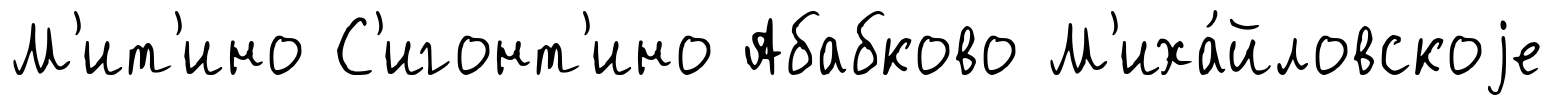
М'ит'ино С'игонт'ино Абабково М'иха́йловскоjе